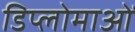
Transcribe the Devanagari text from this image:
डिप्लोमाओं